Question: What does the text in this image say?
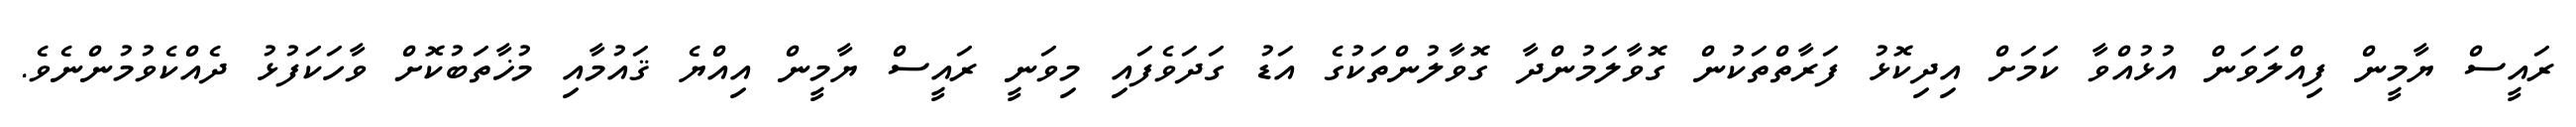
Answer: ރައީސް ޔާމީން ފިއްލަވަން އުޅުއްވާ ކަމަށް އިދިކޮޅު ފަރާތްތަކުން ގޮވާލަމުންދާ ގޮވާލުންތަކުގެ އަޑު ގަދަވެފައި މިވަނީ ރައީސް ޔާމީން އިއްޔެ ޤައުމާއި މުޚާތަބުކޮށް ވާހަކަފުޅު ދެއްކެވުމުންނެވެ.